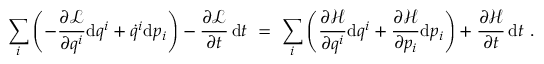
\sum _ { i } \left( - { \frac { \partial { \mathcal { L } } } { \partial q ^ { i } } } \mathrm { d } q ^ { i } + { \dot { q } } ^ { i } \mathrm { d } p _ { i } \right) - { \frac { \partial { \mathcal { L } } } { \partial t } } \, \mathrm { d } t \ = \ \sum _ { i } \left( { \frac { \partial { \mathcal { H } } } { \partial q ^ { i } } } \mathrm { d } q ^ { i } + { \frac { \partial { \mathcal { H } } } { \partial p _ { i } } } \mathrm { d } p _ { i } \right) + { \frac { \partial { \mathcal { H } } } { \partial t } } \, \mathrm { d } t \ .